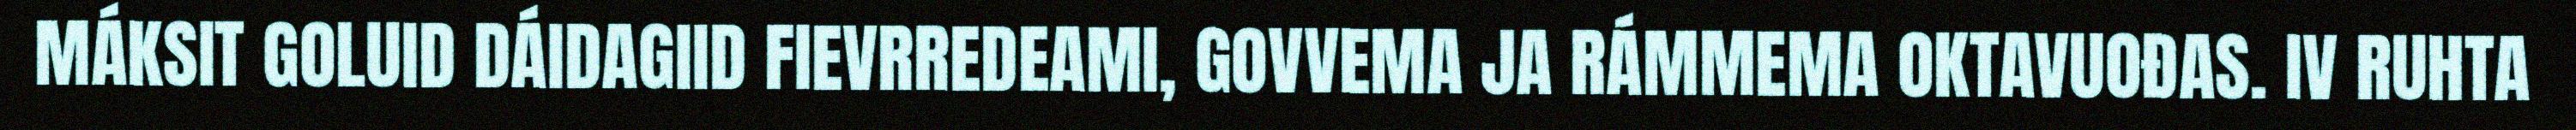
MÁKSIT GOLUID DÁIDAGIID FIEVRREDEAMI, GOVVEMA JA RÁMMEMA OKTAVUOĐAS. IV RUHTA